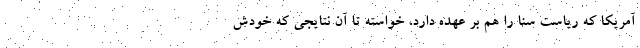
آمریکا که ریاست سنا را هم بر عهده دارد، خواسته تا آن نتایجی که خودش